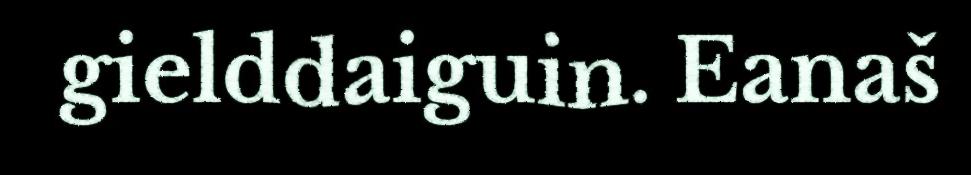
gielddaiguin. Eanaš